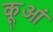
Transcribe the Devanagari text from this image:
कूआं